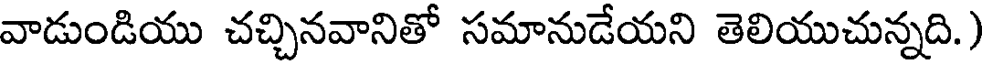
వాడుండియు చచ్చినవానితో సమానుడేయని తెలియుచున్నది.)